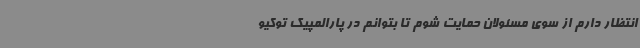
انتظار دارم از سوی مسئولان حمایت شوم تا بتوانم در پارالمپیک توکیو